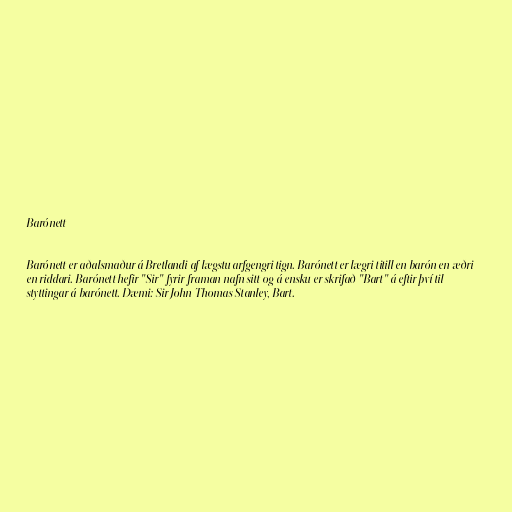
Barónett

Barónett er aðalsmaður á Bretlandi af lægstu arfgengri tign. Barónett er lægri titill en barón en æðri
en riddari. Barónett hefir "Sir" fyrir framan nafn sitt og á ensku er skrifað "Bart" á eftir því til
styttingar á barónett. Dæmi: Sir John Thomas Stanley, Bart.